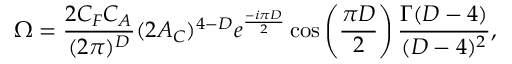
\Omega = { \frac { 2 C _ { F } C _ { A } } { ( 2 \pi ) ^ { D } } } ( 2 { \cal A } _ { C } ) ^ { 4 - D } e ^ { \frac { - i \pi D } { 2 } } \cos \left( { \frac { \pi D } { 2 } } \right) { \frac { \Gamma ( D - 4 ) } { ( D - 4 ) ^ { 2 } } } ,